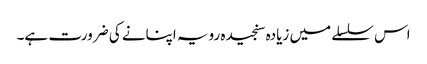
اس سلسلے میں زیادہ سنجیدہ رویہ اپنانے کی ضرورت ہے۔